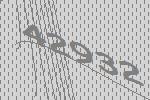
42932